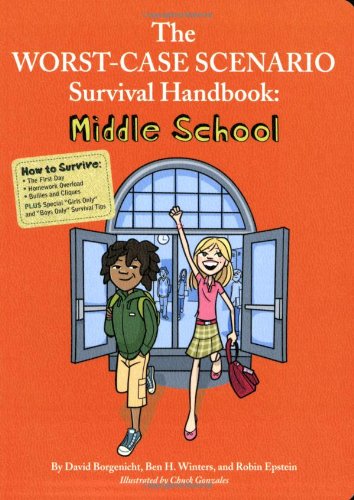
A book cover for The Worst-Case Scenario Survival Handbook: Middle School (Worst Case Scenario Junior Editions); Robin Epstein; Education & Teaching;